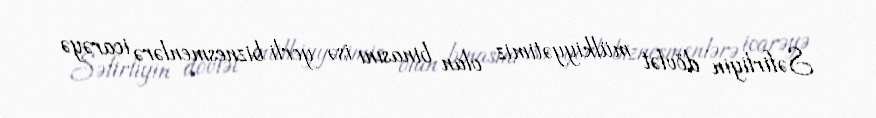
Səfirliyin dövlət mülkiyyətimiz olan binasını isə yerli biznesmenlərə icarəyə